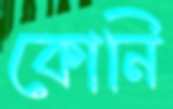
কোনি